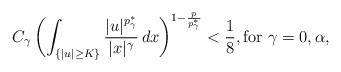
LaTeX: \begin{align*}C_\gamma\left(\int_{\{|u|\geq K\}}\frac{|u|^{p^*_\gamma}}{|x|^\gamma}\, dx\right)^{1-\frac{p}{p^*_\gamma}}<\frac 1 8, \mbox{for}\ \gamma=0, \alpha,\end{align*}